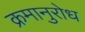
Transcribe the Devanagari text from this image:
क्रमानुरोध